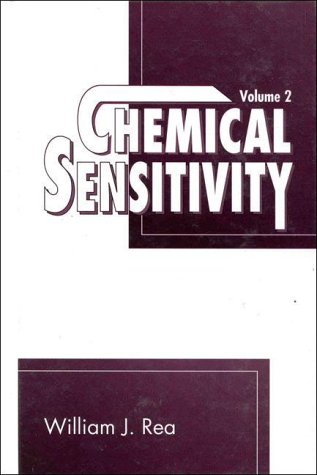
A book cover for Chemical Sensitivity, Vol. 2: Sources of Total Body Load; William J. Rea; Science & Math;